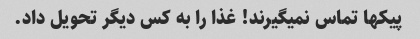
پیکها تماس نمیگیرند! غذا را به کس دیگر تحویل داد.